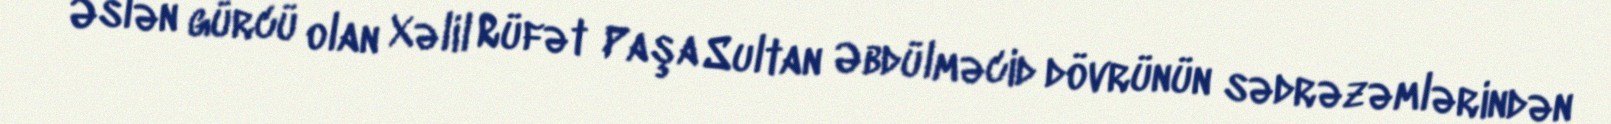
Əslən gürcü olan Xəlil Rüfət Paşa Sultan Əbdülməcid dövrünün sədrəzəmlərindən